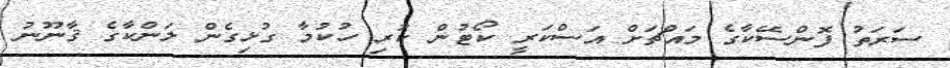
ސަރަތު ފޮންސޭކާގެ މައްޗަށް އަސްކަރީ ކޯޓުން ކުރި ހުކުމާ ގުޅިގެން ލަންކާގެ ޤާނޫނު